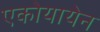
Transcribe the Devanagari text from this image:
एकोयायेन